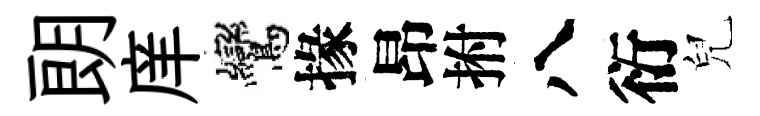
朗庠鸞掾昂拊八衍兒